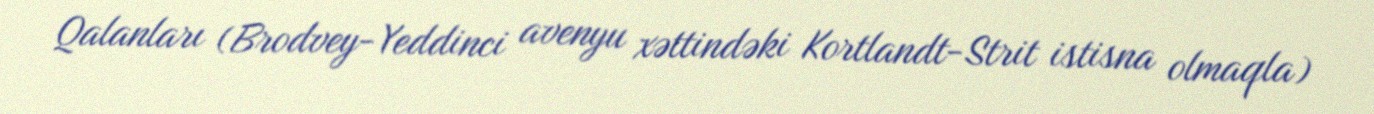
Qalanları (Brodvey-Yeddinci avenyu xəttindəki Kortlandt-Strit istisna olmaqla)